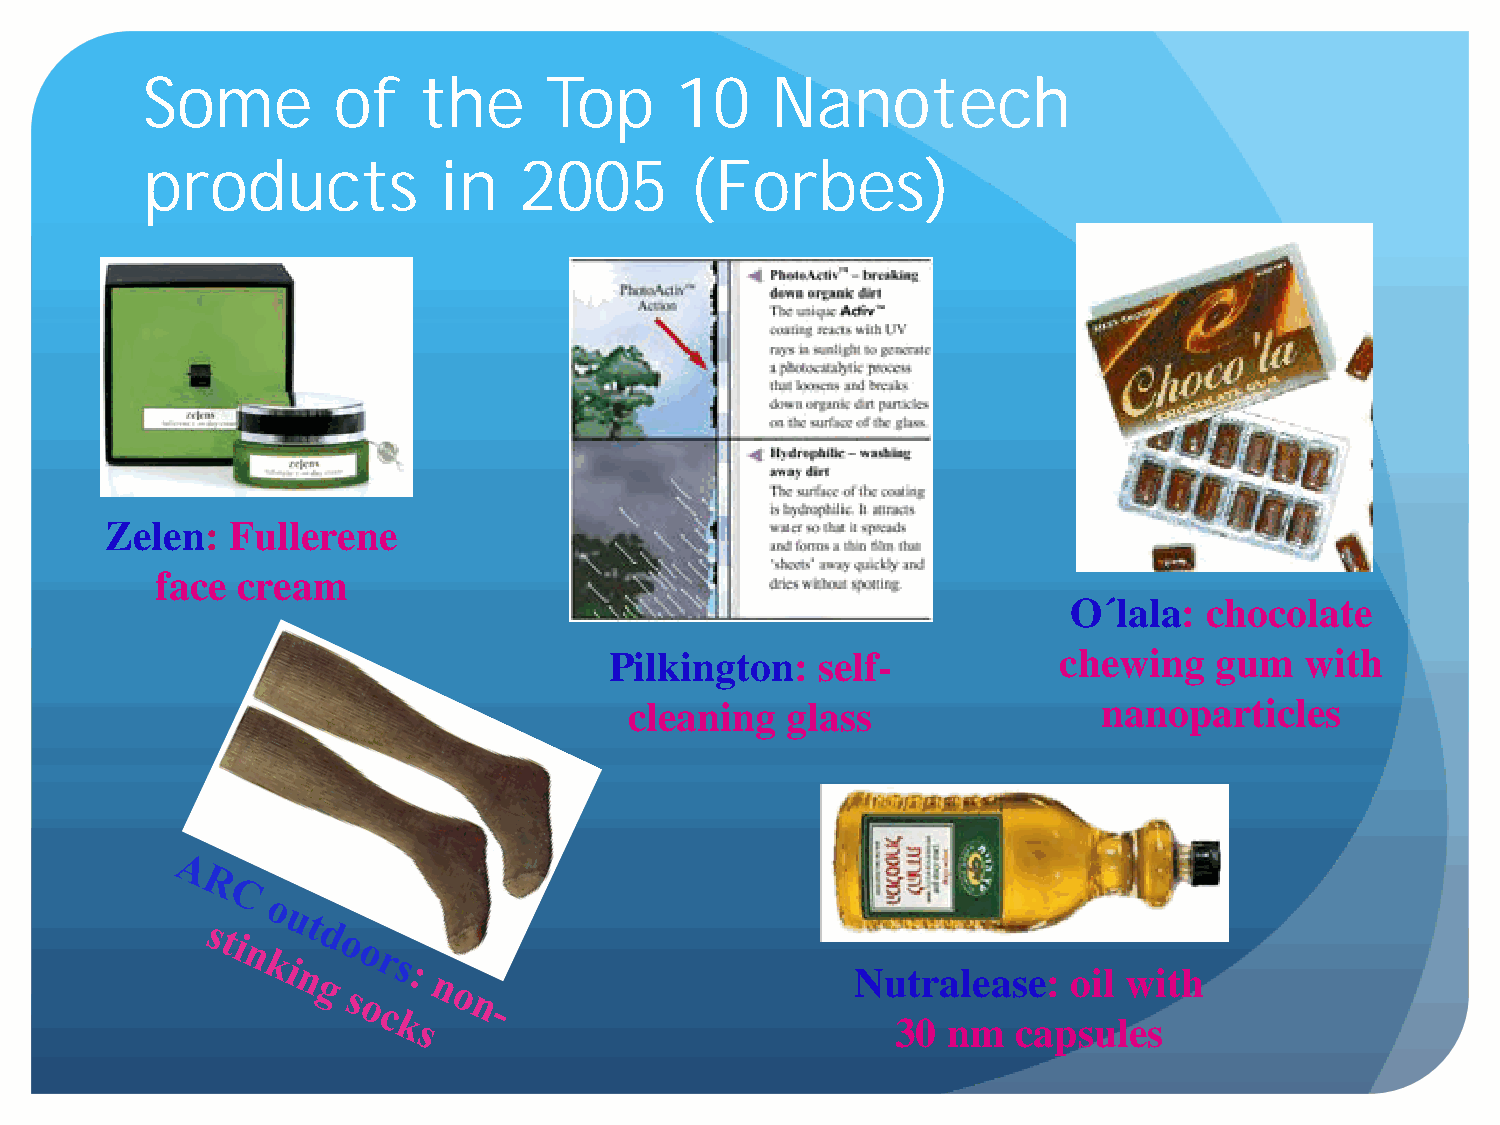
Some         of    the     Top      10    Nanotech
 products            in   2005        (Forbes)
 Zelen:  Fullerene
 face  cream
 O´lala:  chocolate
 Pilkington:   self-           chewing   gum   with
 cleaning  glass                nanoparticles
 Nutralease:   oil with
 30  nm  capsules